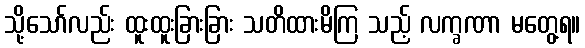
သို့သော်လည်း ထူးထူးခြားခြား သတိထားမိကြ သည့် လက္ခဏာ မတွေ့ရ။